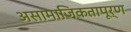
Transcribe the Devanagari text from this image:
असामाजिकतापूर्ण